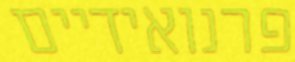
פרנואידיים